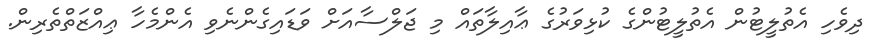
ދިވެހި އެތުލީޓުން އެތުލީޓުންގެ ކުޅިވަރުގެ ޢާއިލާތައް މި ޖަލްސާއަށް ވަޑައިގެންނެވި އެންމެހާ ޢިއްޒަތްތެރިން.